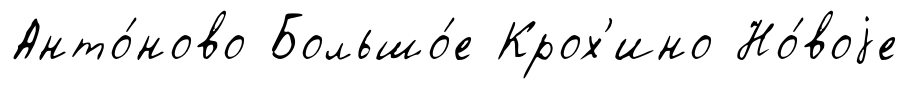
Анто́ново Большо́е Крох'ино Но́воjе